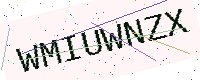
Text: WMIUWNZX